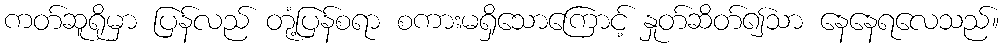
ကတ်ဆူရိုမှာ ပြန်လည် တုံ့ပြန်စရာ စကားမရှိသောကြောင့် နှုတ်ဆိတ်၍သာ နေနေရလေသည်။